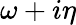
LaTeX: \omega+i\eta